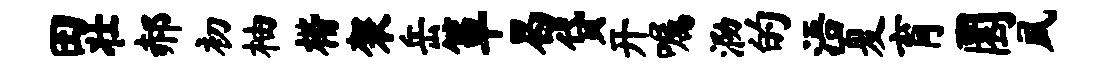
田壮郝初柚楷袈岳箪曷贷开嘱泐的浯夏育圜夙